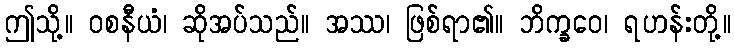
ဤသို့။ ဝစနီယံ၊ ဆိုအပ်သည်။ အဿ၊ ဖြစ်ရာ၏။ ဘိက္ခဝေ၊ ရဟန်းတို့။